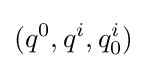
(q^{0},q^{i},q_{0}^{i})